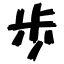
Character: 歩